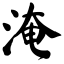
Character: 淹